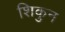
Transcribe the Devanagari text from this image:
शिकुन